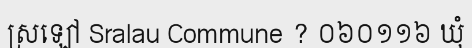
ស្រឡៅ Sralau Commune ? ០៦០១១៦ ឃុំ